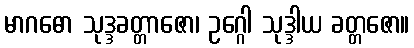
မာဂဓော သုဒ္ဒခတ္တာဇော၊ ဥဂ္ဂေါ သုဒ္ဒါယ ခတ္တဇော။